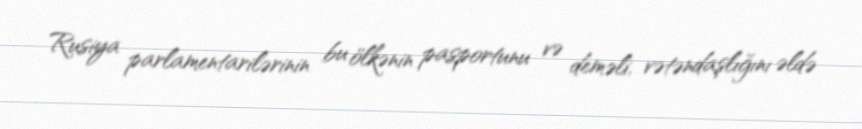
Rusiya parlamentarilərinin bu ölkənin pasportunu və deməli, vətəndaşlığını əldə